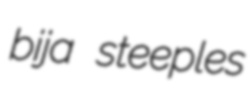
bija steeples